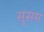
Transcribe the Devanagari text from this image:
सुसम